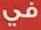
في